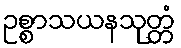
ဥစ္စာသယနသုတ္တံ